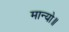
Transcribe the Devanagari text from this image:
मान्यो॥